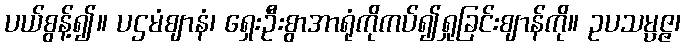
ပယ်စွန့်၍။ ပဌမံဈာနံ၊ ရှေးဦးစွာအာရုံကိုကပ်၍ရှုခြင်းဈာန်ကို။ ဥပသမ္ပဇ္ဇ၊